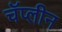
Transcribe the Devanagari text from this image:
चॅप्लीन